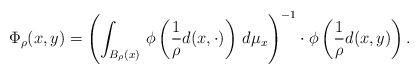
LaTeX: \begin{align*} \Phi_\rho(x,y)=\left(\int_{B_\rho(x)}\,\phi\left(\frac{1}{\rho} d(x,\cdot)\right)\,d\mu_x\right)^{-1}\cdot \phi\left(\frac{1}{\rho}d(x,y) \right).\end{align*}